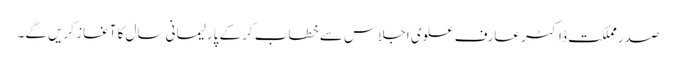
صدر مملکت ڈاکٹر عارف علوی اجلاس سے خطاب کر کے پارلیمانی سال کا آغاز کریں گے۔